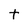
Character: t